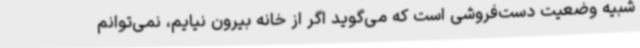
شبیه وضعیت دست‌فروشی است که می‌گوید اگر از خانه بیرون نیایم، نمی‌توانم